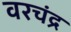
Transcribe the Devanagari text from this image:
वरचंद्र